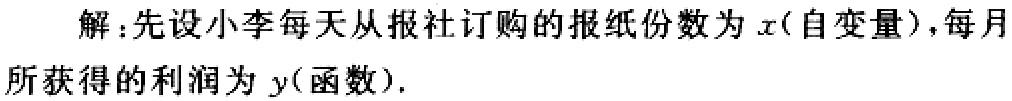
解：先设小李每天从报社订购的报纸份数为\(x\)(自变量)，每月所获得的利润为\(y\)(函数).